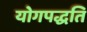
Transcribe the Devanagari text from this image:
योगपद्धति